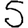
Digit: 5